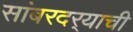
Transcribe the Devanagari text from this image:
सांबरदर्‍याची